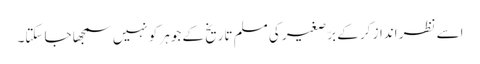
اسے نظر انداز کر کے برّصغیر کی مسلم تاریخ کے جوہر کو نہیں سمجھا جا سکتا۔